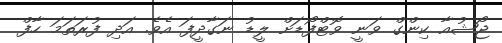
ޖޯޝުއާ ކިންގް ވަނީ ވޮޓްފޯޑަށް ލީޑު ނަގާދީފަ އެވެ. އަދި ފުރަތަމަ ހާފް